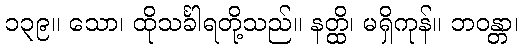
၁၃၉။ သော၊ ထိုသင်္ခါရတို့သည်။ နတ္ထိ၊ မရှိကုန်။ ဘဝန္တာ၊